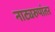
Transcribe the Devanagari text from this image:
नाट्यरुपांतर